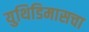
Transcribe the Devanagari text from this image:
युथिडिमासचा